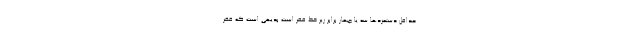
حداقل دستمزد‌ها سه یا چهار برابر زیر خط فقر است بدیهی است که فقر